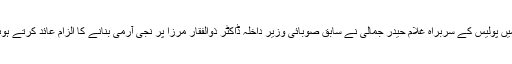
اس سے پہلے پیر کی صبح سندھ ہائی کورٹ میں پاکستان کے صوبہ سندھ میں پولیس کے سربراہ غلام حیدر جمالی نے سابق صوبائی وزیر داخلہ ڈاکٹر ذوالفقار مرزا پر نجی آرمی بنانے کا الزام عائد کرتے ہوئے کہا کہ ان کے پاس ممنوعہ بور سے لیس کئی سو مسلح لوگ موجود ہیں۔